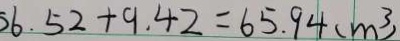
6 . 5 2 + 9 . 4 2 = 6 5 . 9 4 ( m ^ { 3 } )